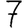
Digit: 7